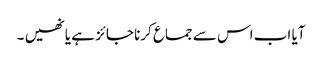
آیا اب اس سے جماع کرنا جائز ہے یا نھیں ۔